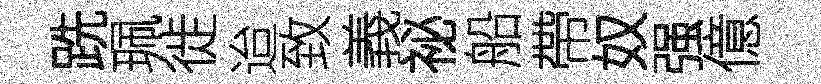
跣珮徙迨致義祕船帶奴强億